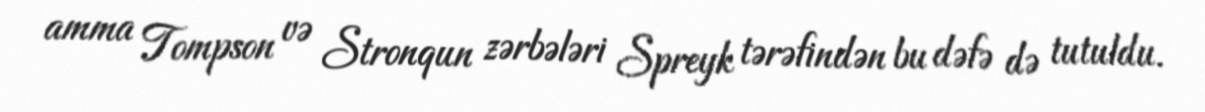
amma Tompson və Stronqun zərbələri Spreyk tərəfindən bu dəfə də tutuldu.